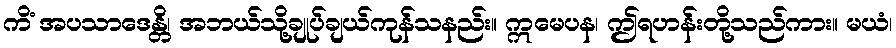
ကိံ အပသာဒေန္တိ၊ အဘယ်သို့ချုပ်ချယ်ကုန်သနည်း။ ဣမေပန၊ ဤရဟန်းတို့သည်ကား။ မယံ၊